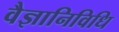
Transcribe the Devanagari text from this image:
वैज्ञानिविधि